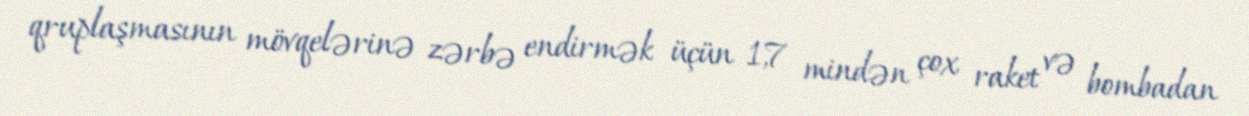
qruplaşmasının mövqelərinə zərbə endirmək üçün 1,7 mindən çox raket və bombadan